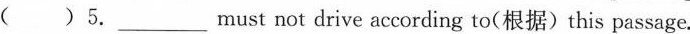
( )5.___ must not drive according to(根据) this passage.